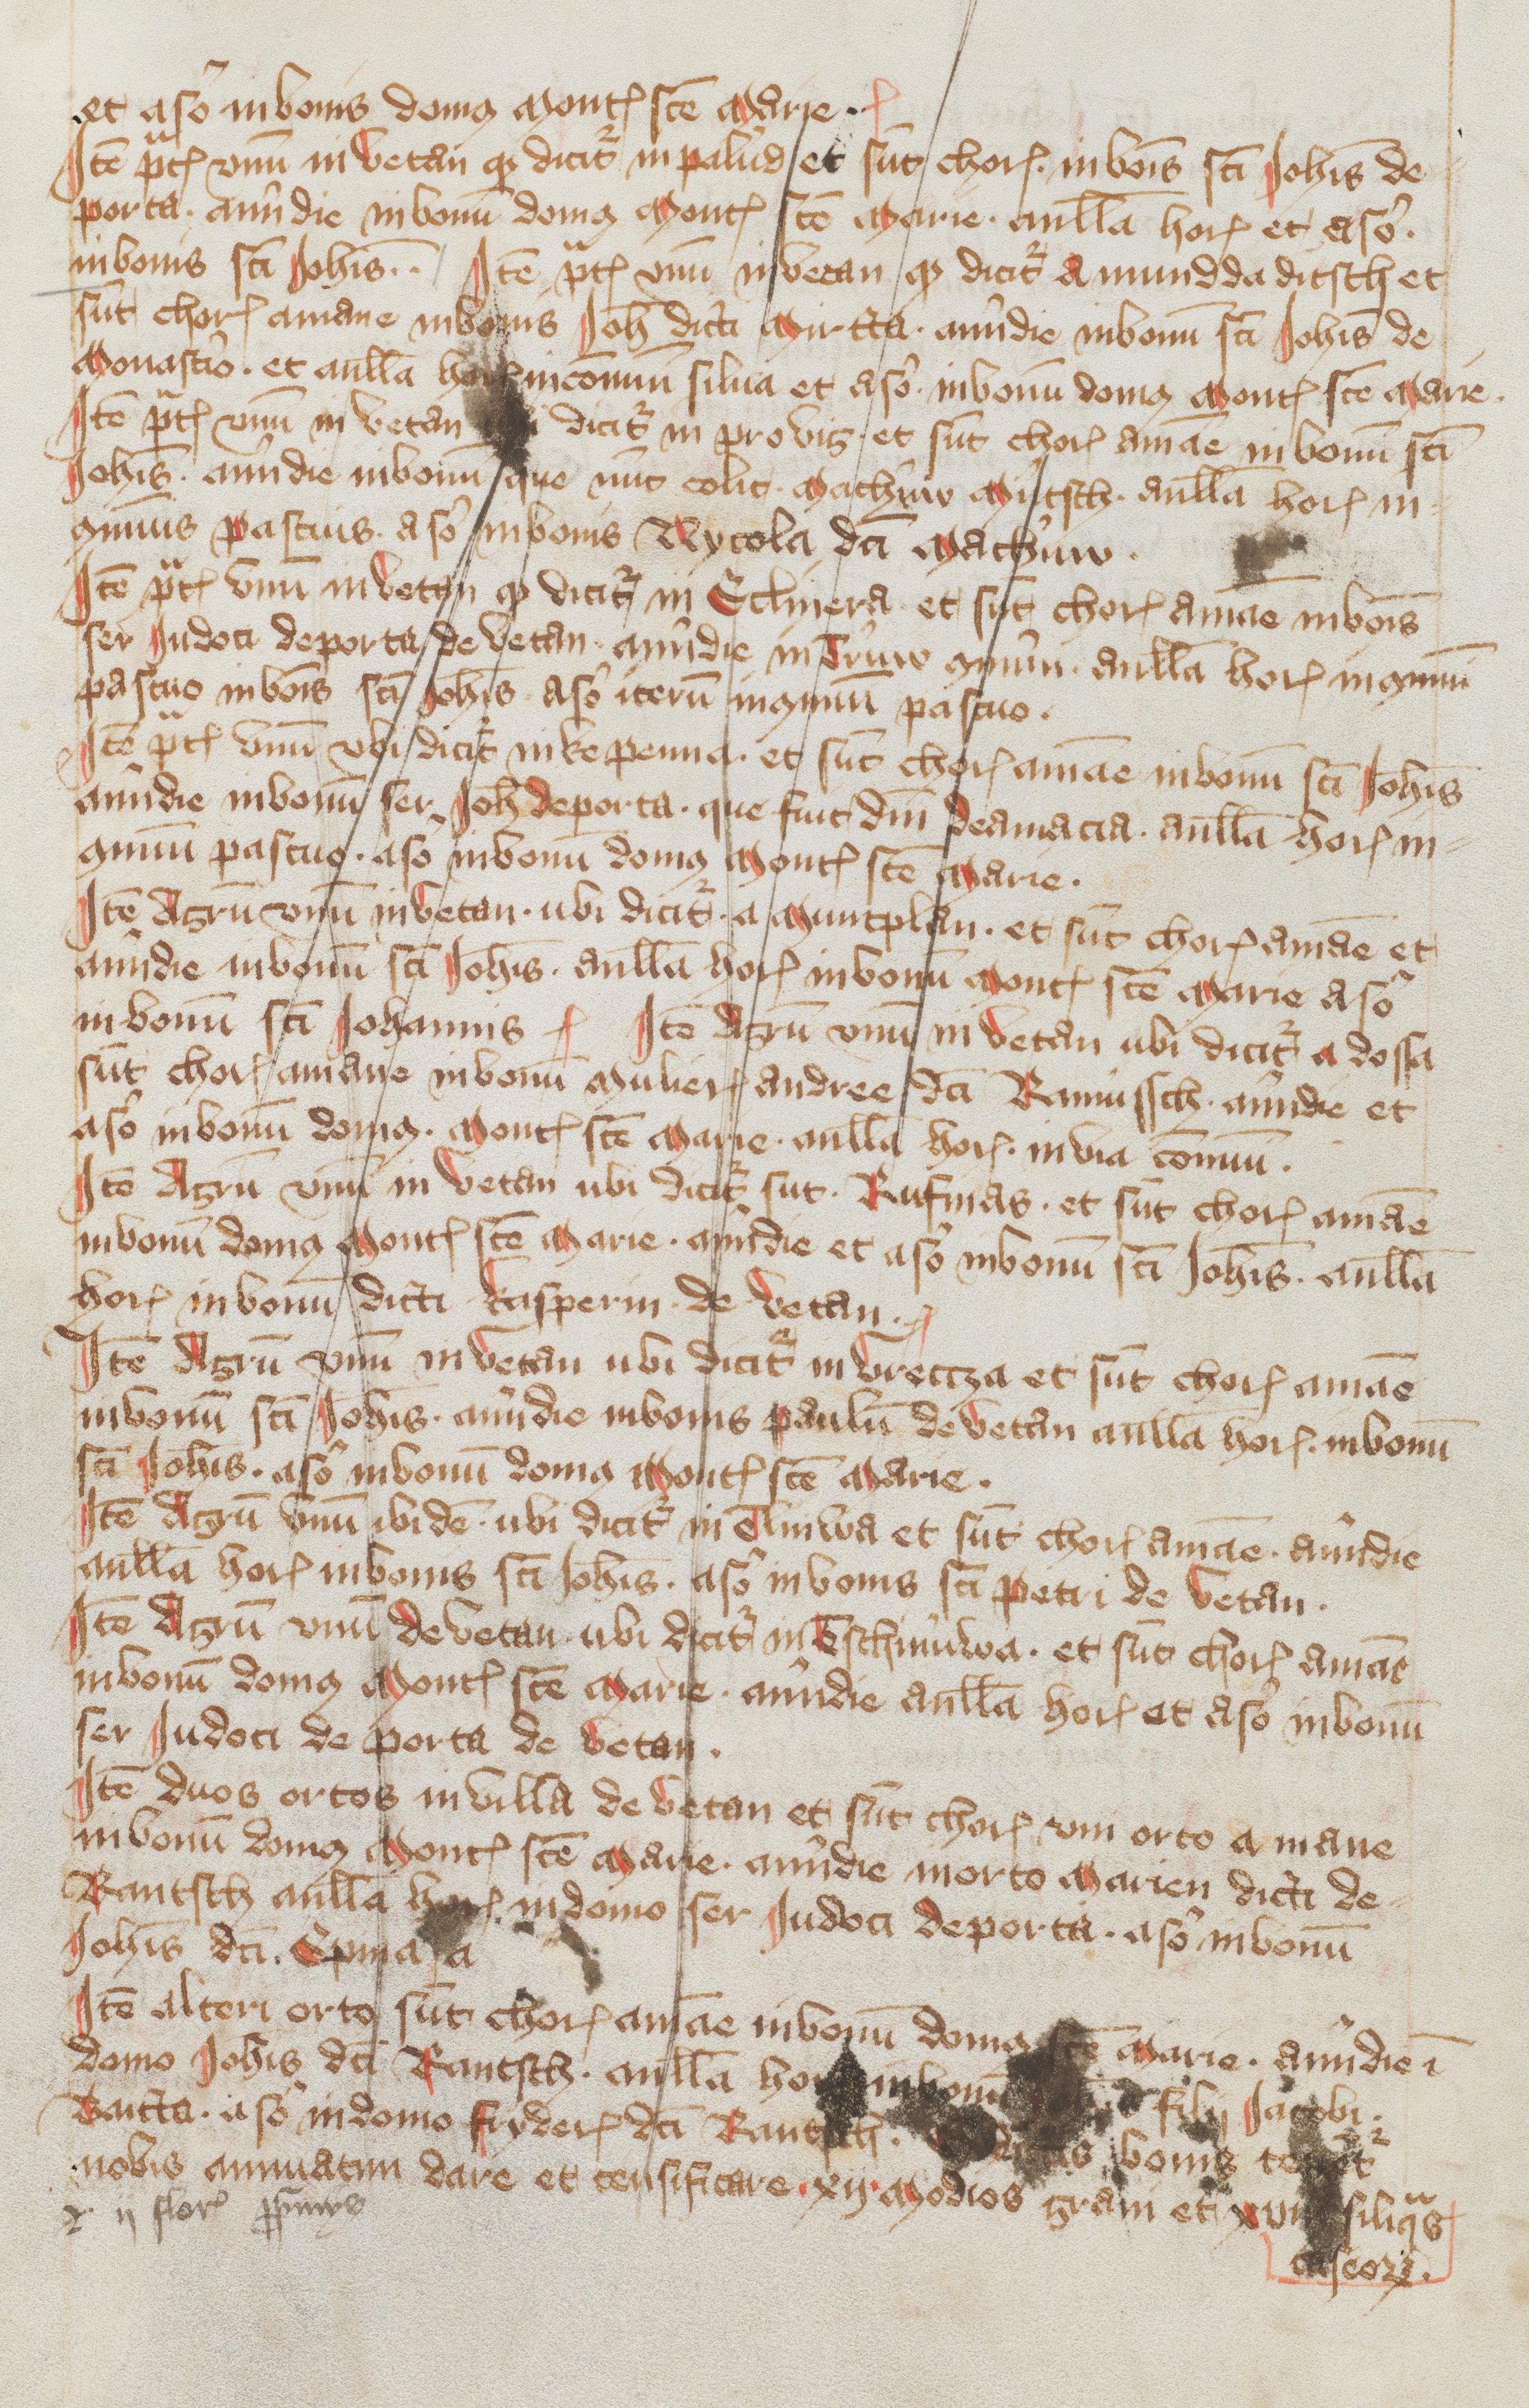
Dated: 1418–1418